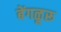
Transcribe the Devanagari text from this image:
बेंगळूरू